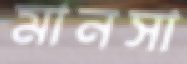
মানসা